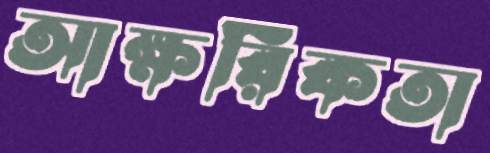
আক্ষরিকতা